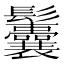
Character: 𩰉